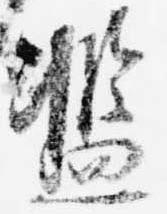
濫